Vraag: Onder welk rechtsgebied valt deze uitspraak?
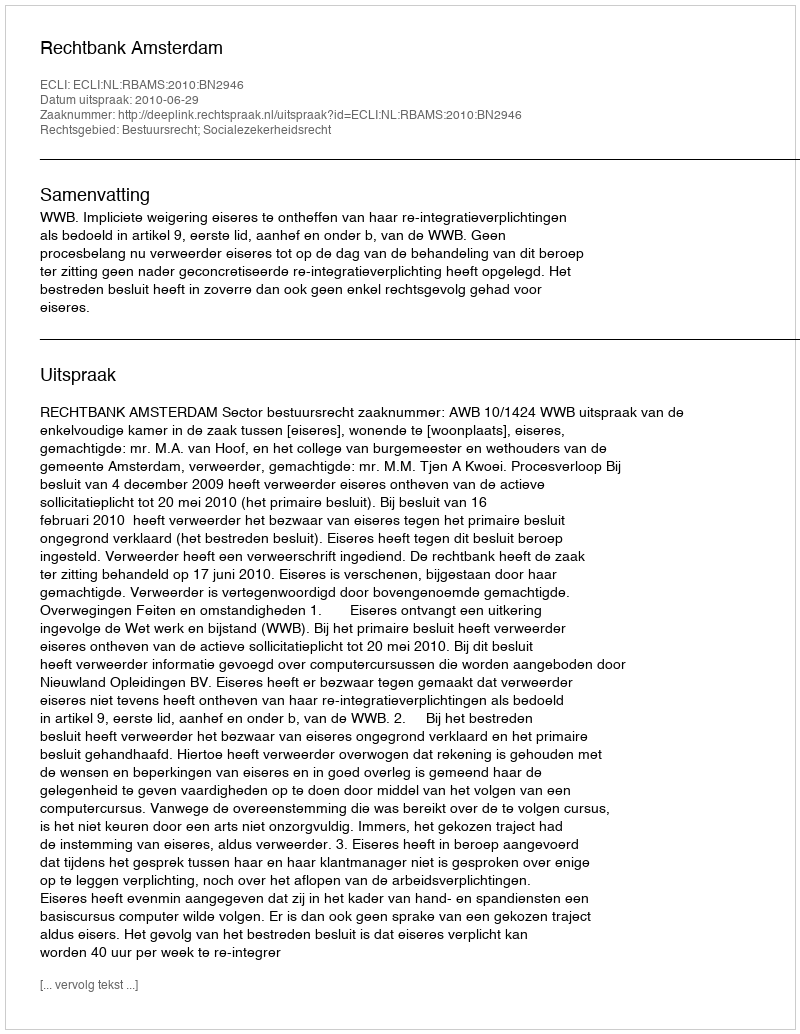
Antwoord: Bestuursrecht; Socialezekerheidsrecht